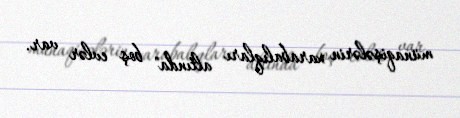
münaqişələrin xarabalıqları altında" boş evlər var.